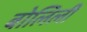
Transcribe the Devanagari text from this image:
बोलिली